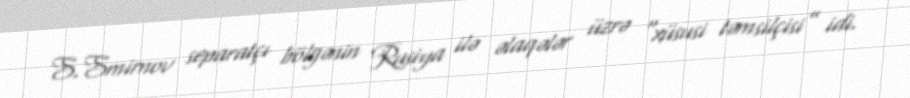
S.Smirnov separatçı bölgənin Rusiya ilə əlaqələr üzrə “xüsusi təmsilçisi” idi.